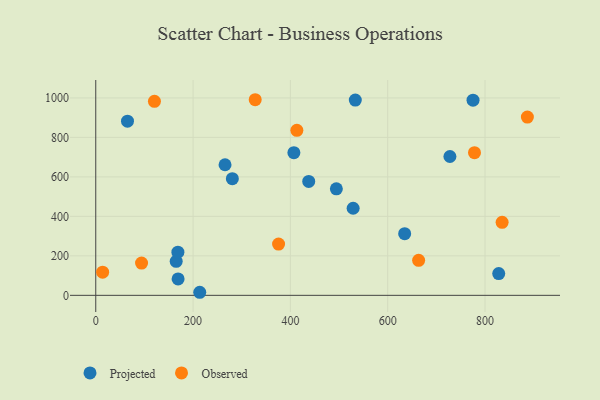
{"axis": {"x": "Investment", "y": "Fuel Efficiency"}, "legend": ["Observed", "Projected"], "data": [{"x": "169.2", "y": 83.2, "type": "Projected"}, {"x": "407.2", "y": 722.5, "type": "Projected"}, {"x": "775.4", "y": 988.8, "type": "Projected"}, {"x": "65.2", "y": 882.1, "type": "Projected"}, {"x": "265.7", "y": 661.5, "type": "Projected"}, {"x": "494.5", "y": 539.7, "type": "Projected"}, {"x": "634.9", "y": 312.1, "type": "Projected"}, {"x": "280.7", "y": 591.2, "type": "Projected"}, {"x": "828.2", "y": 110.1, "type": "Projected"}, {"x": "165.3", "y": 172.1, "type": "Projected"}, {"x": "727.9", "y": 703.4, "type": "Projected"}, {"x": "437.7", "y": 577.2, "type": "Projected"}, {"x": "529.0", "y": 441.1, "type": "Projected"}, {"x": "213.7", "y": 15.5, "type": "Projected"}, {"x": "533.4", "y": 989.2, "type": "Projected"}, {"x": "168.8", "y": 218.6, "type": "Projected"}, {"x": "120.6", "y": 983.0, "type": "Observed"}, {"x": "327.7", "y": 990.9, "type": "Observed"}, {"x": "14.1", "y": 117.1, "type": "Observed"}, {"x": "413.3", "y": 836.0, "type": "Observed"}, {"x": "663.6", "y": 177.3, "type": "Observed"}, {"x": "94.1", "y": 163.4, "type": "Observed"}, {"x": "778.4", "y": 722.5, "type": "Observed"}, {"x": "375.7", "y": 259.6, "type": "Observed"}, {"x": "887.1", "y": 902.9, "type": "Observed"}, {"x": "835.2", "y": 369.8, "type": "Observed"}]}